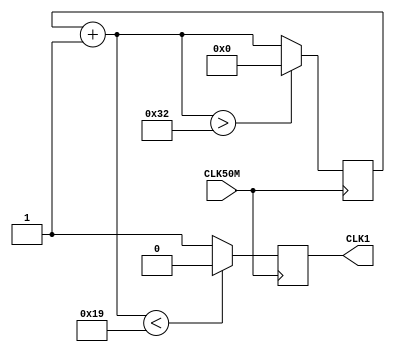
module divisor_frequencia #(parameter inversor = 25)(CLK50M, CLK1);

	input CLK50M;
	output reg CLK1;

	reg[25:0] contador = 26'b0;

	always @(posedge CLK50M)
		begin
			contador = contador + 26'b1;
			CLK1 = (contador < inversor) ? 1'b0 : 1'b1;
			
			contador = (contador > inversor*2) ? 26'b0 : contador;
			
		end 
endmodule